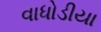
વાધોડીયા